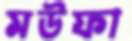
মউফা